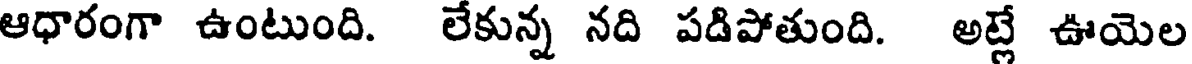
ఆధారంగా ఉంటుంది. లేకున్న నది పడిపోతుంది. అట్లే ఊయెల